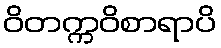
ဝိတက္ကဝိစာရာပိ